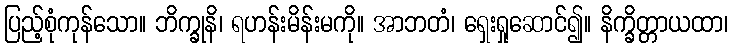
ပြည့်စုံကုန်သော။ ဘိက္ခုနိ၊ ရဟန်းမိန်းမကို။ အာဘတံ၊ ရှေးရှုဆောင်၍။ နိက္ခိတ္တာယထာ၊